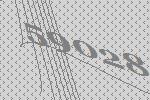
59028